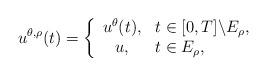
LaTeX: \begin{align*}u^{\theta,\rho}(t)=\left \{\begin{array}[c]{cl}{u}^{\theta}(t), & t\in \lbrack0,T]\backslash E_{\rho},\\u, & t\in E_{\rho},\end{array}\right.\end{align*}